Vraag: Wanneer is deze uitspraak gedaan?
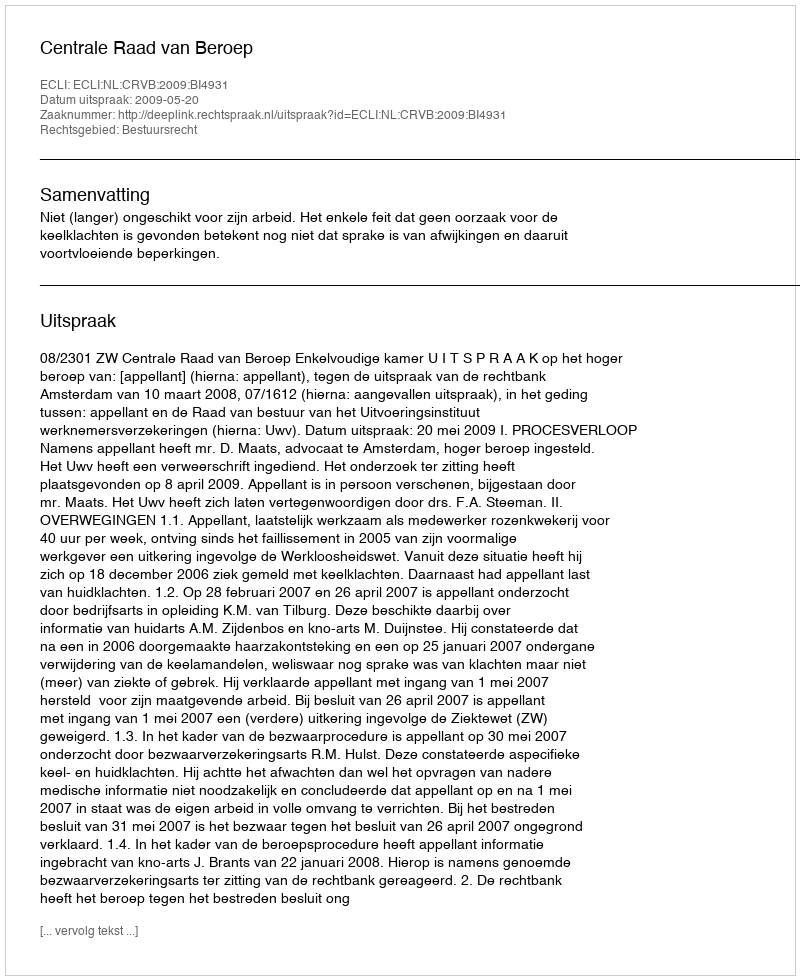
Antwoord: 2009-05-20